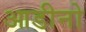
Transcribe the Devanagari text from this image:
आडीनो